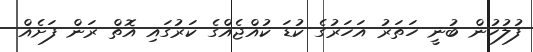
ފުލުހުން ބުނީ ހަތަރު އަހަރުގެ ކުޑަ ކުއްޖެއްގެ ކަރުގައި އޮތް ރަން ފަށެއް